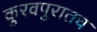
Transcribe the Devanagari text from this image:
कुरवपुरातच